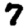
Digit: 7